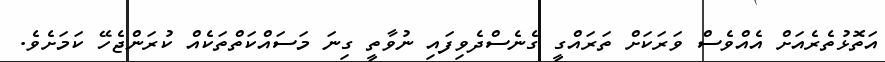
އަތޮޅުތެރެއަށް އެއްވެސް ވަރަކަށް ތަރައްގީ ގެނެސްދެވިފައި ނުވާތީ ގިނަ މަސައްކަތްތަކެއް ކުރަންޖެހޭ ކަމަށެވެ.